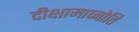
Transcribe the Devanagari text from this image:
दीक्षामाप्नोति